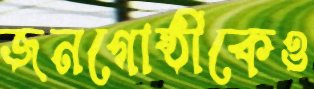
জনগোষ্ঠীকেও